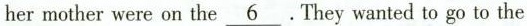
hermother were on the \underline{6}. They wanted to go to the